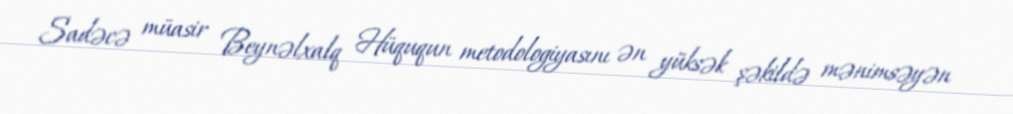
Sadəcə müasir Beynəlxalq Hüququn metodologiyasını ən yüksək şəkildə mənimsəyən